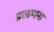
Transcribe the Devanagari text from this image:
प्रताणना